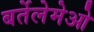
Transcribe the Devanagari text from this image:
बर्तेलेमेओ